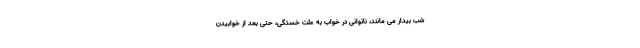
شب بیدار می مانند، ناتوانی در خواب به علت خستگی، حتی بعد از خوابیدن